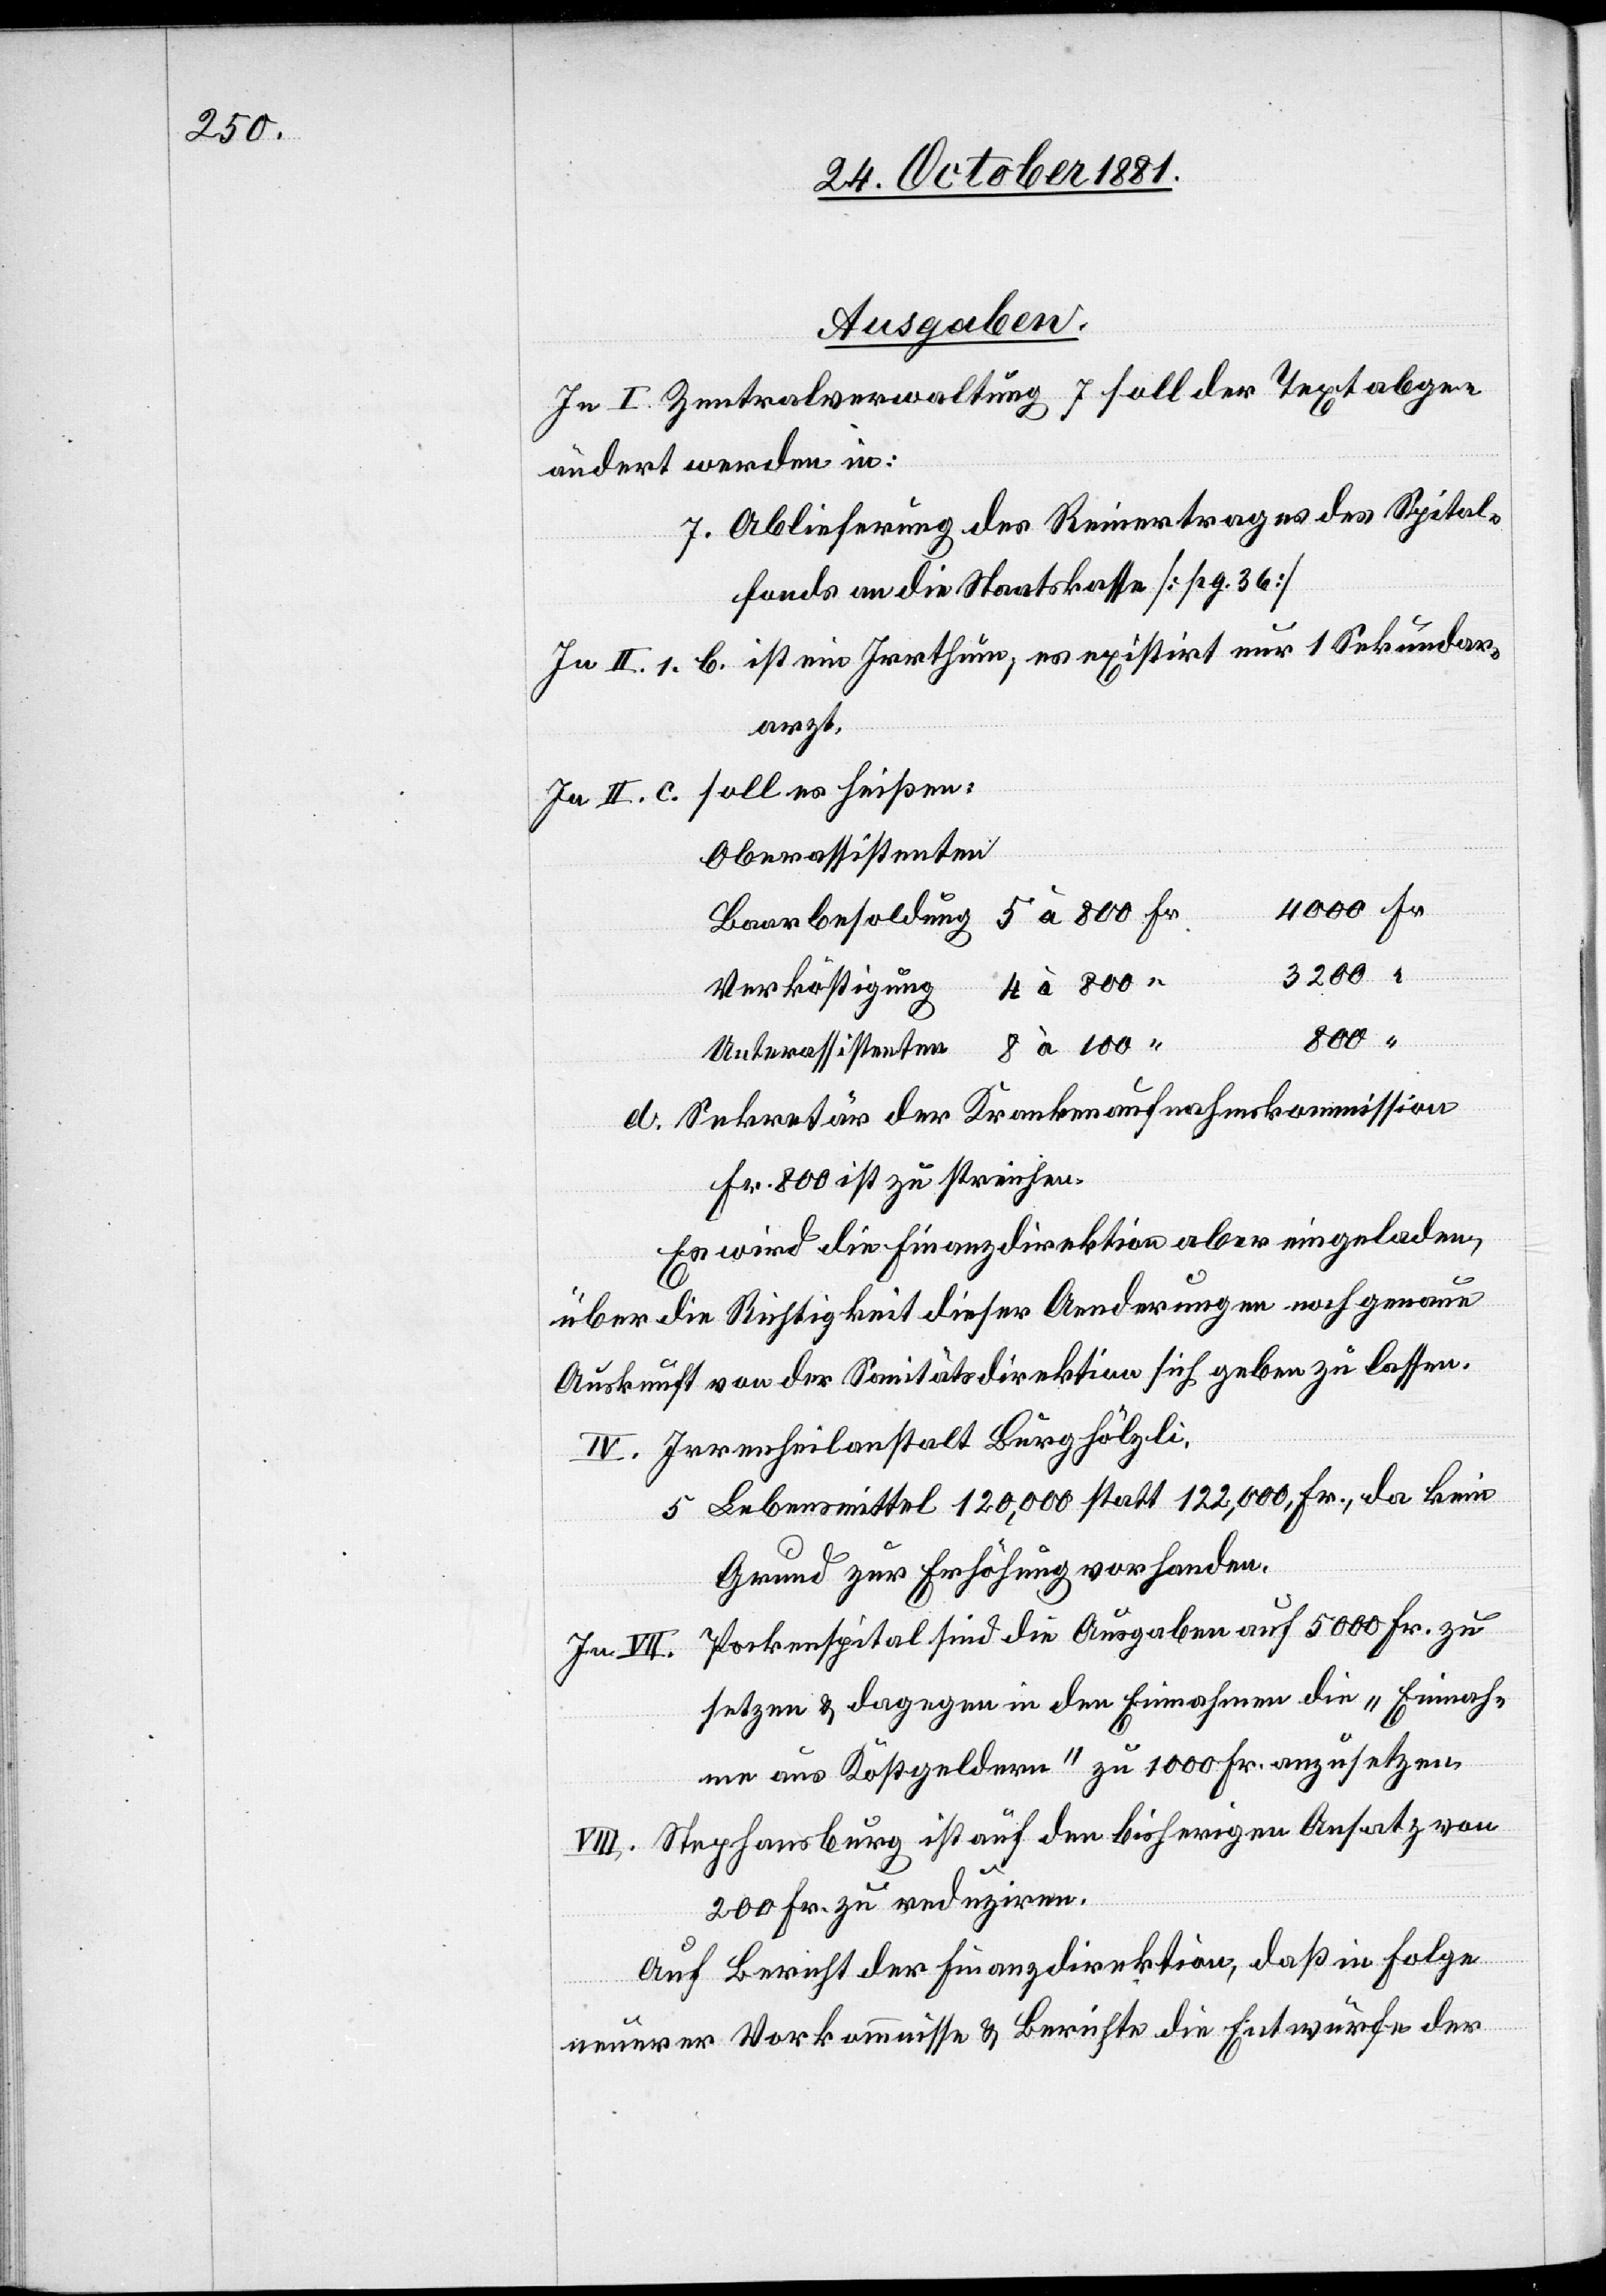
Ausgaben.
In I. Zentralverwaltung 7 soll der Textabge¬
ändert werden in:
7. Ablieferung des Reinertrages des Spital¬
fonds an die Staatskasse [pg. 36]
In II. 1. b. ist ein Irrthum, es existirt nur 1 Sekundar¬
arzt.
In II. c. soll es heißen:
Oberassistenten
r.	4000 Fr.
Baarbesoldung 5 à 800 F¬
4 à 800
Verköstigung
800 “
8 à 100
“
Unterassistenten
d. Sekretär der Krankenaufnahmskommission
Fr. 800 ist zu streichen.
Es wird die Finanzdirektion aber eingeladen,
über die Richtigkeit dieser Aenderungen noch genaue
Auskunft von der Sanitätsdirektion sich geben zu lassen.
IV. Irrenheilanstalt Burghölzli.
5 Lebensmittel 120,000 statt 122,000 Fr., da kein
Grund zur Erhöhung vorhanden.
Pockenspital sind die Ausgaben auf 5000 Fr. zu
In VII.
setzen & dagegen in den Einnahmen die „Einnah¬
me aus Kostgeldern“ zu 1000 Fr. anzusetzen.
VIII. Stephansburg ist auf den bisherigen Ansatz von
200 Fr. zu reduziren.
Auf Bericht der Finanzdirektion, daß in Folge
neuerer Vorkommnisse & Berichte die Entwürfe der